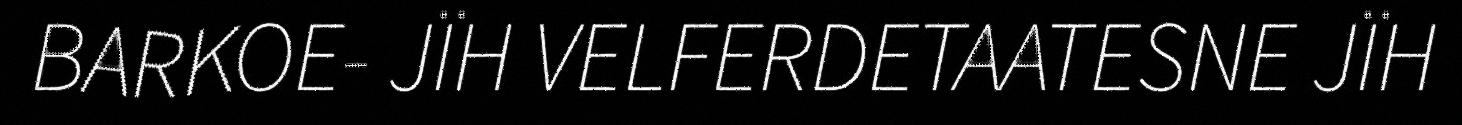
BARKOE- JÏH VELFERDETAATESNE JÏH